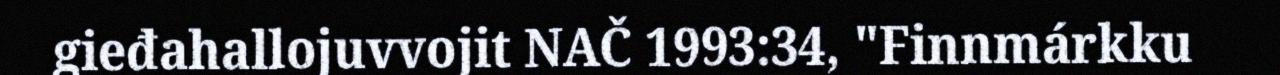
gieđahallojuvvojit NAČ 1993:34, "Finnmárkku